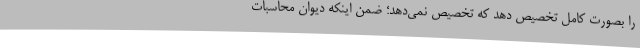
را بصورت کامل تخصیص دهد که تخصیص نمی‌دهد؛ ضمن اینکه دیوان محاسبات